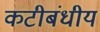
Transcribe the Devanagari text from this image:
कटीबंधीय